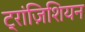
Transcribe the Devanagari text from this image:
ट्रांज़िशियन